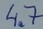
Text: 4.7